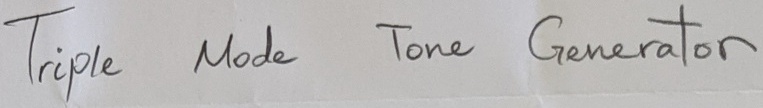
Text: Triple Mode Tone Generator